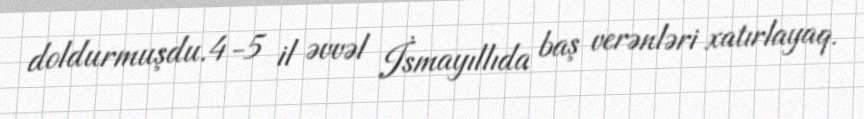
doldurmuşdu.4-5 il əvvəl İsmayıllıda baş verənləri xatırlayaq.